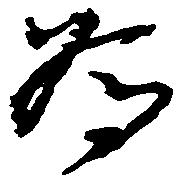
為